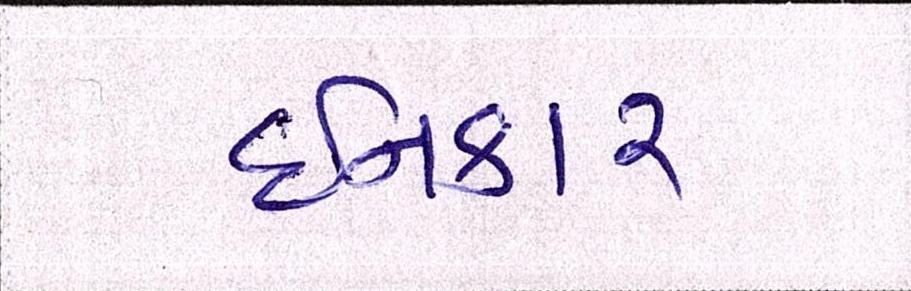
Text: ઈનકાર